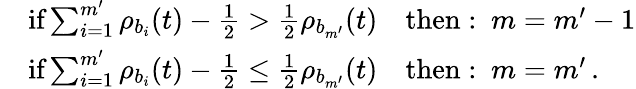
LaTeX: \begin{array}{rl}&{\textrm{if}\sum_{i=1}^{m^{\prime}}\rho_{b_{i}}(t)-\frac{1}{2}>\frac{1}{2}\rho_{b_{m^{\prime}}}(t)\quad\mathrm{then:~}m=m^{\prime}-1}\\ &{\textrm{if}\sum_{i=1}^{m^{\prime}}\rho_{b_{i}}(t)-\frac{1}{2}\le\frac{1}{2}\rho_{b_{m^{\prime}}}(t)\quad\mathrm{then:~}m=m^{\prime}\, .}\end{array}